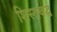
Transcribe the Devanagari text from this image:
शिस्तबद्घ